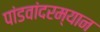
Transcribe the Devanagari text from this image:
पांडवांदरम्यान